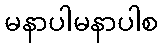
မနာပါမနာပါစ